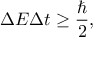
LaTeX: \Delta E \Delta t \geq { \frac { \hbar } { 2 } } ,